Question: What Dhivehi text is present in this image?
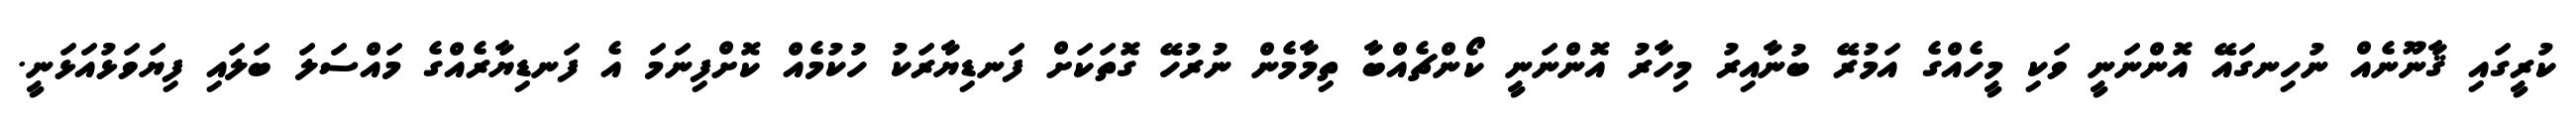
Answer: ކުރީގައި ޤާނޫނެއް ނުހިނގައޭ އޮންނަނީ ވަކި މީހެއްގެ އަމުރޭ ބުނާއިރު މިހާރު އޮންނަނީ ކޯންޗެއްބާ ތިމާމެން ނުރުހޭ ގޮތަކަށް ފަނޑިޔާރަކު ހުކުމެއް ކޮށްފިނަމަ އެ ފަނޑިޔާރެއްގެ މައްސަލަ ބަލައި ފިޔަވަޅުއަޅަނީ.